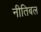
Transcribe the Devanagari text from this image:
नीतिबल